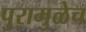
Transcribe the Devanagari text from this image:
पुरामुळेच